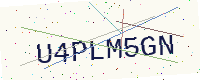
Text: U4PLM5GN